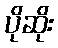
ပိုဆိုး